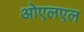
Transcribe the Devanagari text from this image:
ओएलएल